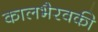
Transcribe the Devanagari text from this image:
कालभैरवकी